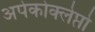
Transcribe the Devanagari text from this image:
अपेकोक्लेप्तो